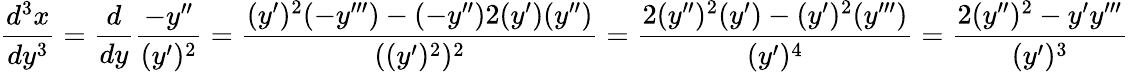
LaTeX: \frac{d^{3}x}{dy^{3}}=\frac{d}{dy}\frac{-y^{\prime\prime}}{(y^{\prime})^{2}}=\frac{(y^{\prime})^{2}(-y^{\prime\prime\prime})-(-y^{\prime\prime})2(y^{\prime})(y^{\prime\prime})}{((y^{\prime})^{2})^{2}}=\frac{2(y^{\prime\prime})^{2}(y^{\prime})-(y^{\prime})^{2}(y^{\prime\prime\prime})}{(y^{\prime})^{4}}=\frac{2(y^{\prime\prime})^{2}-y^{\prime}y^{\prime\prime\prime}}{(y^{\prime})^{3}}